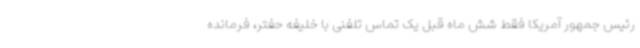
رئیس جمهور آمریکا فقط شش ماه قبل یک تماس تلفنی با خلیفه حفتر، فرمانده